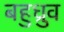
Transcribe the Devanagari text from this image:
बहुध्रुव